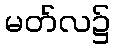
မတ်လ၌